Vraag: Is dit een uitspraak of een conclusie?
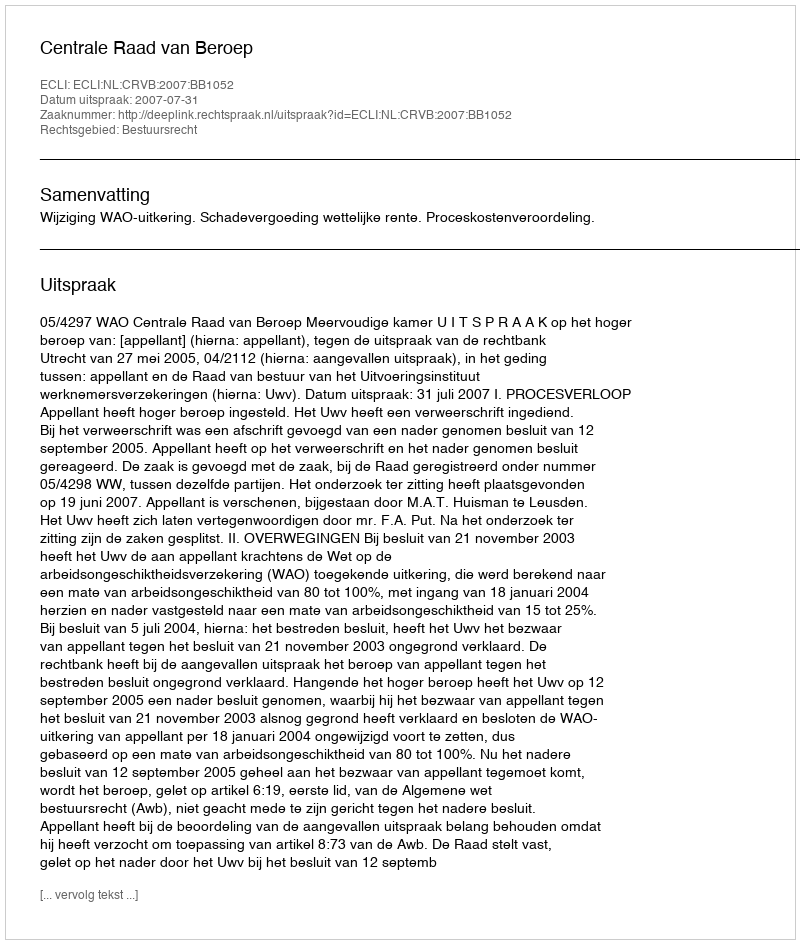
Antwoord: Uitspraak